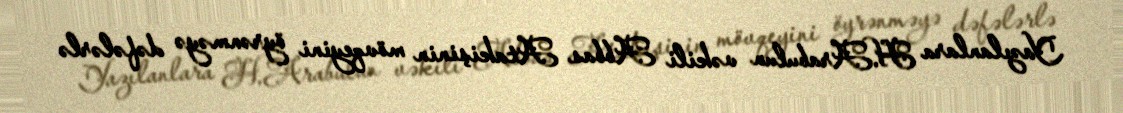
Yazılanlara H.Arabulun vəkili Abbas Atakişinin mövqeyini öyrənməyə dəfələrlə